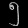
Digit: ၅